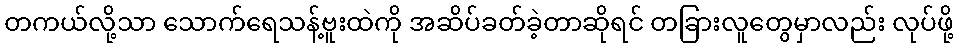
တကယ်လို့သာ သောက်ရေသန့်ဗူးထဲကို အဆိပ်ခတ်ခဲ့တာဆိုရင် တခြားလူတွေမှာလည်း လုပ်ဖို့